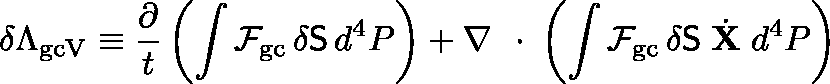
\delta \Lambda _ { \mathrm { g c V } } \equiv \frac { \partial } { t } \left( \int { \cal F } _ { \mathrm { g c } } \, \delta { \sf S } \, d ^ { 4 } P \right) + \nabla \mathrm { ~ \boldmath ~ \cdot ~ } \left( \int { \cal F } _ { \mathrm { g c } } \, \delta { \sf S } \; \dot { \bf X } \; d ^ { 4 } P \right)